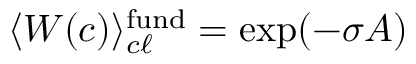
\langle W ( c ) \rangle _ { c \ell } ^ { \mathrm { f u n d } } = \exp ( - \sigma A )